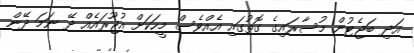
އަދި ބަޖެޓުން މުސާރައިގެ ގޮތުގައި އެއްވެސް މީހަކަށް އުޖޫރައެއް ދޭ ނަމަ ދޭން